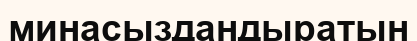
минасыздандыратын